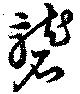
礱